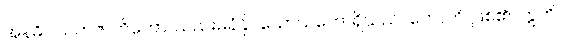
အနဓိပါသကဇာတိကော၊ သည်းမခံနိုငသောသဘောရှိသည်။ ဟောတိ၊ ဖြစ်၏။ ဣတိ၊